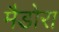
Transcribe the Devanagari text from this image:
मैडोरा